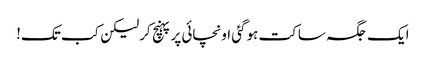
ایک جگہ ساکت ہوگئی اونچائی پرپہنچ کرلیکن کب تک!